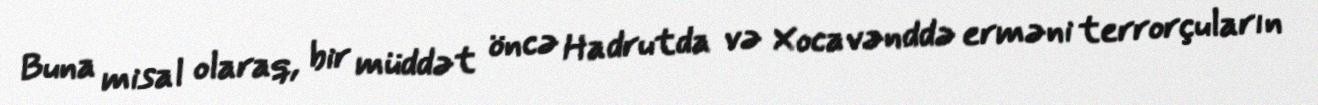
Buna misal olaraq, bir müddət öncə Hadrutda və Xocavənddə erməni terrorçuların